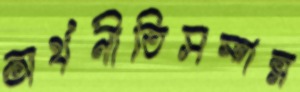
অর্থনীতিসম্পন্ন